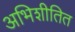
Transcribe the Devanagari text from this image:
अभिशीतित